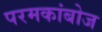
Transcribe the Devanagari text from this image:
परमकांबोज